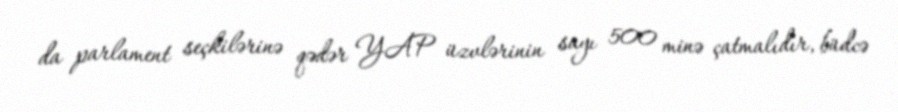
da parlament seçkilərinə qədər YAP üzvlərinin sayı 500 minə çatmalıdır, büdcə